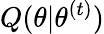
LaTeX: Q(\theta|\theta^{(t)})